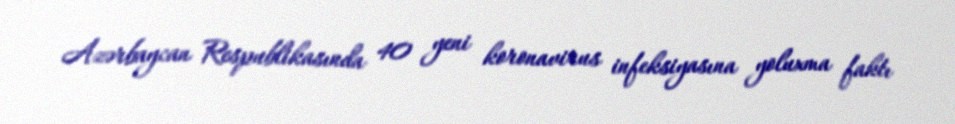
Azərbaycan Respublikasında 40 yeni koronavirus infeksiyasına yoluxma faktı